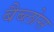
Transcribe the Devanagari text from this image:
बैब्लोस